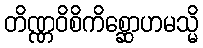
တိဏ္ဏဝိစိကိစ္ဆောဟမသ္မိ